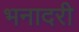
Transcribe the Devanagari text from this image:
भनादरी